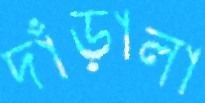
দাঁড়ালা